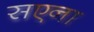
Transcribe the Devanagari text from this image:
सएना